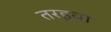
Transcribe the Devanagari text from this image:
तरहुवा